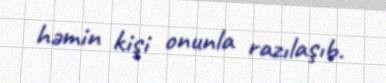
həmin kişi onunla razılaşıb.